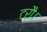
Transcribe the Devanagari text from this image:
टरौ।